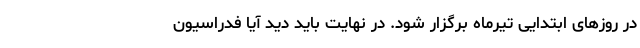
در روزهای ابتدایی تیرماه برگزار شود. در نهایت باید دید آیا فدراسیون